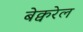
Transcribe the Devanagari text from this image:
बेक्वरेल